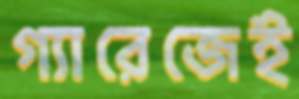
গ্যারেজেই